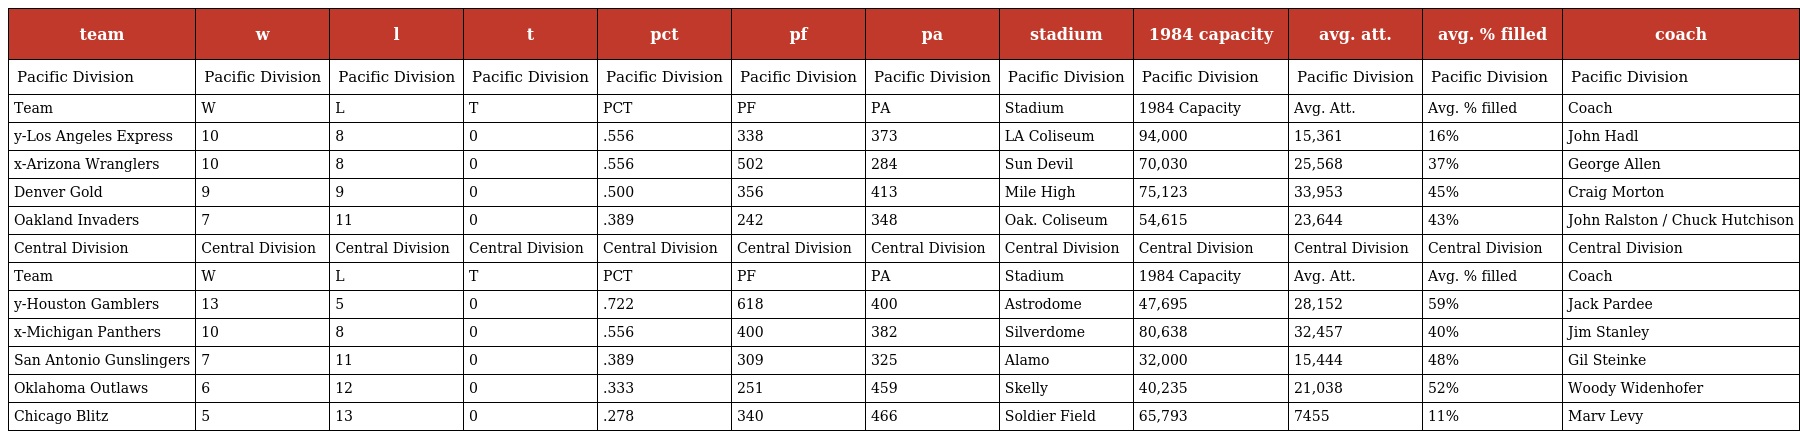
| team | w | l | t | pct | pf | pa | stadium | 1984 capacity | avg. att. | avg. % filled | coach |
 | --- | --- | --- | --- | --- | --- | --- | --- | --- | --- | --- | --- |
 | Pacific Division | Pacific Division | Pacific Division | Pacific Division | Pacific Division | Pacific Division | Pacific Division | Pacific Division | Pacific Division | Pacific Division | Pacific Division | Pacific Division |
 | Team | W | L | T | PCT | PF | PA | Stadium | 1984 Capacity | Avg. Att. | Avg. % filled | Coach |
 | y-Los Angeles Express | 10 | 8 | 0 | .556 | 338 | 373 | LA Coliseum | 94,000 | 15,361 | 16% | John Hadl |
 | x-Arizona Wranglers | 10 | 8 | 0 | .556 | 502 | 284 | Sun Devil | 70,030 | 25,568 | 37% | George Allen |
 | Denver Gold | 9 | 9 | 0 | .500 | 356 | 413 | Mile High | 75,123 | 33,953 | 45% | Craig Morton |
 | Oakland Invaders | 7 | 11 | 0 | .389 | 242 | 348 | Oak. Coliseum | 54,615 | 23,644 | 43% | John Ralston / Chuck Hutchison |
 | Central Division | Central Division | Central Division | Central Division | Central Division | Central Division | Central Division | Central Division | Central Division | Central Division | Central Division | Central Division |
 | Team | W | L | T | PCT | PF | PA | Stadium | 1984 Capacity | Avg. Att. | Avg. % filled | Coach |
 | y-Houston Gamblers | 13 | 5 | 0 | .722 | 618 | 400 | Astrodome | 47,695 | 28,152 | 59% | Jack Pardee |
 | x-Michigan Panthers | 10 | 8 | 0 | .556 | 400 | 382 | Silverdome | 80,638 | 32,457 | 40% | Jim Stanley |
 | San Antonio Gunslingers | 7 | 11 | 0 | .389 | 309 | 325 | Alamo | 32,000 | 15,444 | 48% | Gil Steinke |
 | Oklahoma Outlaws | 6 | 12 | 0 | .333 | 251 | 459 | Skelly | 40,235 | 21,038 | 52% | Woody Widenhofer |
 | Chicago Blitz | 5 | 13 | 0 | .278 | 340 | 466 | Soldier Field | 65,793 | 7455 | 11% | Marv Levy |